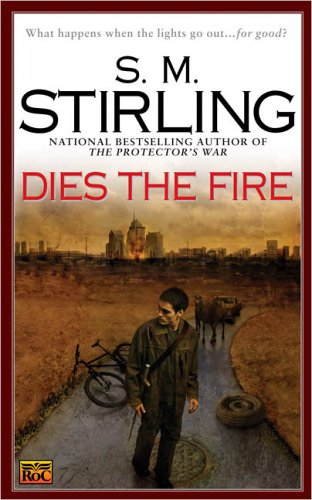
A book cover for Dies the Fire: A Novel of the Change; S. M. Stirling; Science Fiction & Fantasy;